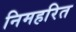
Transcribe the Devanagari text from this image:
निमहरित